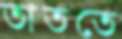
তাততে